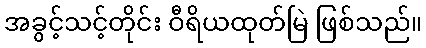
အခွင့်သင့်တိုင်း ဝီရိယထုတ်မြဲ ဖြစ်သည်။